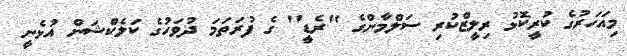
މިއަހަރުގެ ކުރީކޮޅު ރިލީޒްކުރި ސަލްމާންގެ "ރެޑީ" ގެ ފުރަތަމަ ދުވަހުގެ ކަލެކްޝަން އުޅެނީ